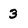
Character: 3